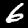
Label: 6